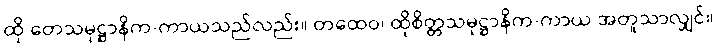
ထို တေသမုဋ္ဌာနိက-ကာယသည်လည်း။ တထေဝ၊ ထိုစိတ္တသမုဋ္ဌာနိက-ကာယ အတူသာလျှင်။